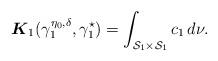
LaTeX: \begin{align*}\boldsymbol{K}_1( \gamma_1^{\eta_0, \delta}, \gamma_1^\star ) = \int_{\mathcal{S}_1 \times \mathcal{S}_1} c_1 \, d \nu.\end{align*}